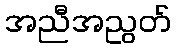
အညီအညွတ်